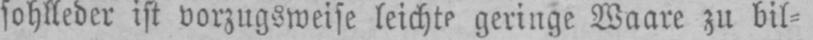
geringe Waare zu bil⸗